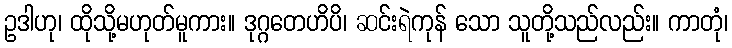
ဥဒါဟု၊ ထိုသို့မဟုတ်မူကား။ ဒုဂ္ဂတေဟိပိ၊ ဆင်းရဲကုန် သော သူတို့သည်လည်း။ ကာတုံ၊